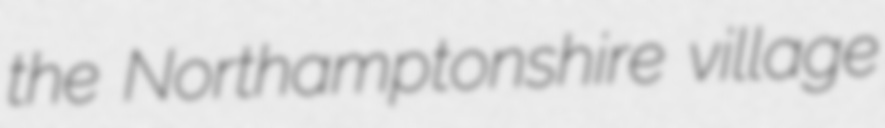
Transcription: the Northamptonshire village